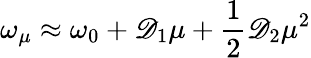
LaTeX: \omega_{\mu}\approx\omega_{0}+\mathscr{D}_{1}\mu+\frac{{1}}{{2}}\mathscr{D}_{2}\mu^{2}